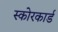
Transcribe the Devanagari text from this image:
स्‍कोरकार्ड